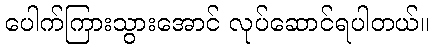
ပေါက်ကြားသွားအောင် လုပ်ဆောင်ရပါတယ်။